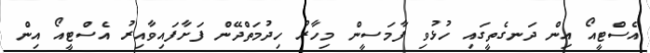
އެސްޓީއޯ އިން ދަނގެތީގައި ހުޅުވި ފާމަސީން މިހާރު ހިދުމަތްދޭން ފަށާފައިވާއިރު އެސްޓީއޯ އިން